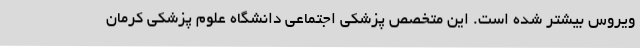
ویروس بیشتر شده است. این متخصص پزشکی اجتماعی دانشگاه علوم پزشکی کرمان